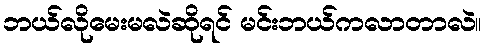
ဘယ်လိုမေးမလဲဆိုရင် မင်းဘယ်ကလာတာလဲ။